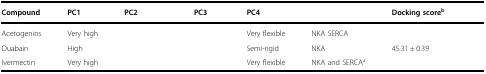
<table><thead><tr><td><b>Compound</b></td><td><b>PC1</b></td><td><b>PC2</b></td><td><b>PC3</b></td><td><b>PC4</b></td><td>[EMPTY_CELL]</td><td><b>Docking score<sup>b</sup></b></td></tr></thead><tbody><tr><td>Acetogenins</td><td>Very high</td><td>[EMPTY_CELL]</td><td>[EMPTY_CELL]</td><td>Very flexible</td><td>NKA SERCA</td><td>[EMPTY_CELL]</td></tr><tr><td>Ouabain</td><td>High</td><td>[EMPTY_CELL]</td><td>[EMPTY_CELL]</td><td>Semi-rigid</td><td>NKA</td><td>45.31 ± 0.39</td></tr><tr><td>Ivermectin</td><td>Very high</td><td>[EMPTY_CELL]</td><td>[EMPTY_CELL]</td><td>Very flexible</td><td>NKA and SERCA<sup>a</sup></td><td>[EMPTY_CELL]</td></tr></tbody></table>